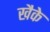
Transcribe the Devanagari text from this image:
खैके